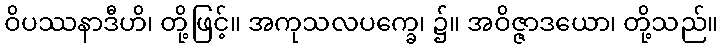
ဝိပဿနာဒီဟိ၊ တို့ဖြင့်။ အကုသလပက္ခေ၊ ၌။ အဝိဇ္ဇာဒယော၊ တို့သည်။